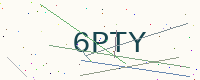
Text: 6PTY